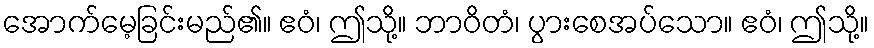
အောက်မေ့ခြင်းမည်၏။ ဧဝံ၊ ဤသို့။ ဘာဝိတံ၊ ပွားစေအပ်သော။ ဧဝံ၊ ဤသို့။